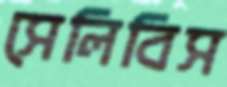
সেলিবিস